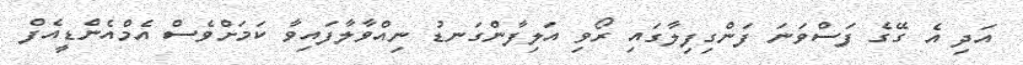
އަދި އެ ގޭގެ ފަސްވަނަ ފަންގިފިލާގައި ރޯވި އަލިފާންގަނޑު ނިއްވާލާފައިވާ ކަމަށްވެސް އެމްއެންޑީއެފް